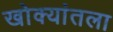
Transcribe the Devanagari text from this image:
खोक्यांतला